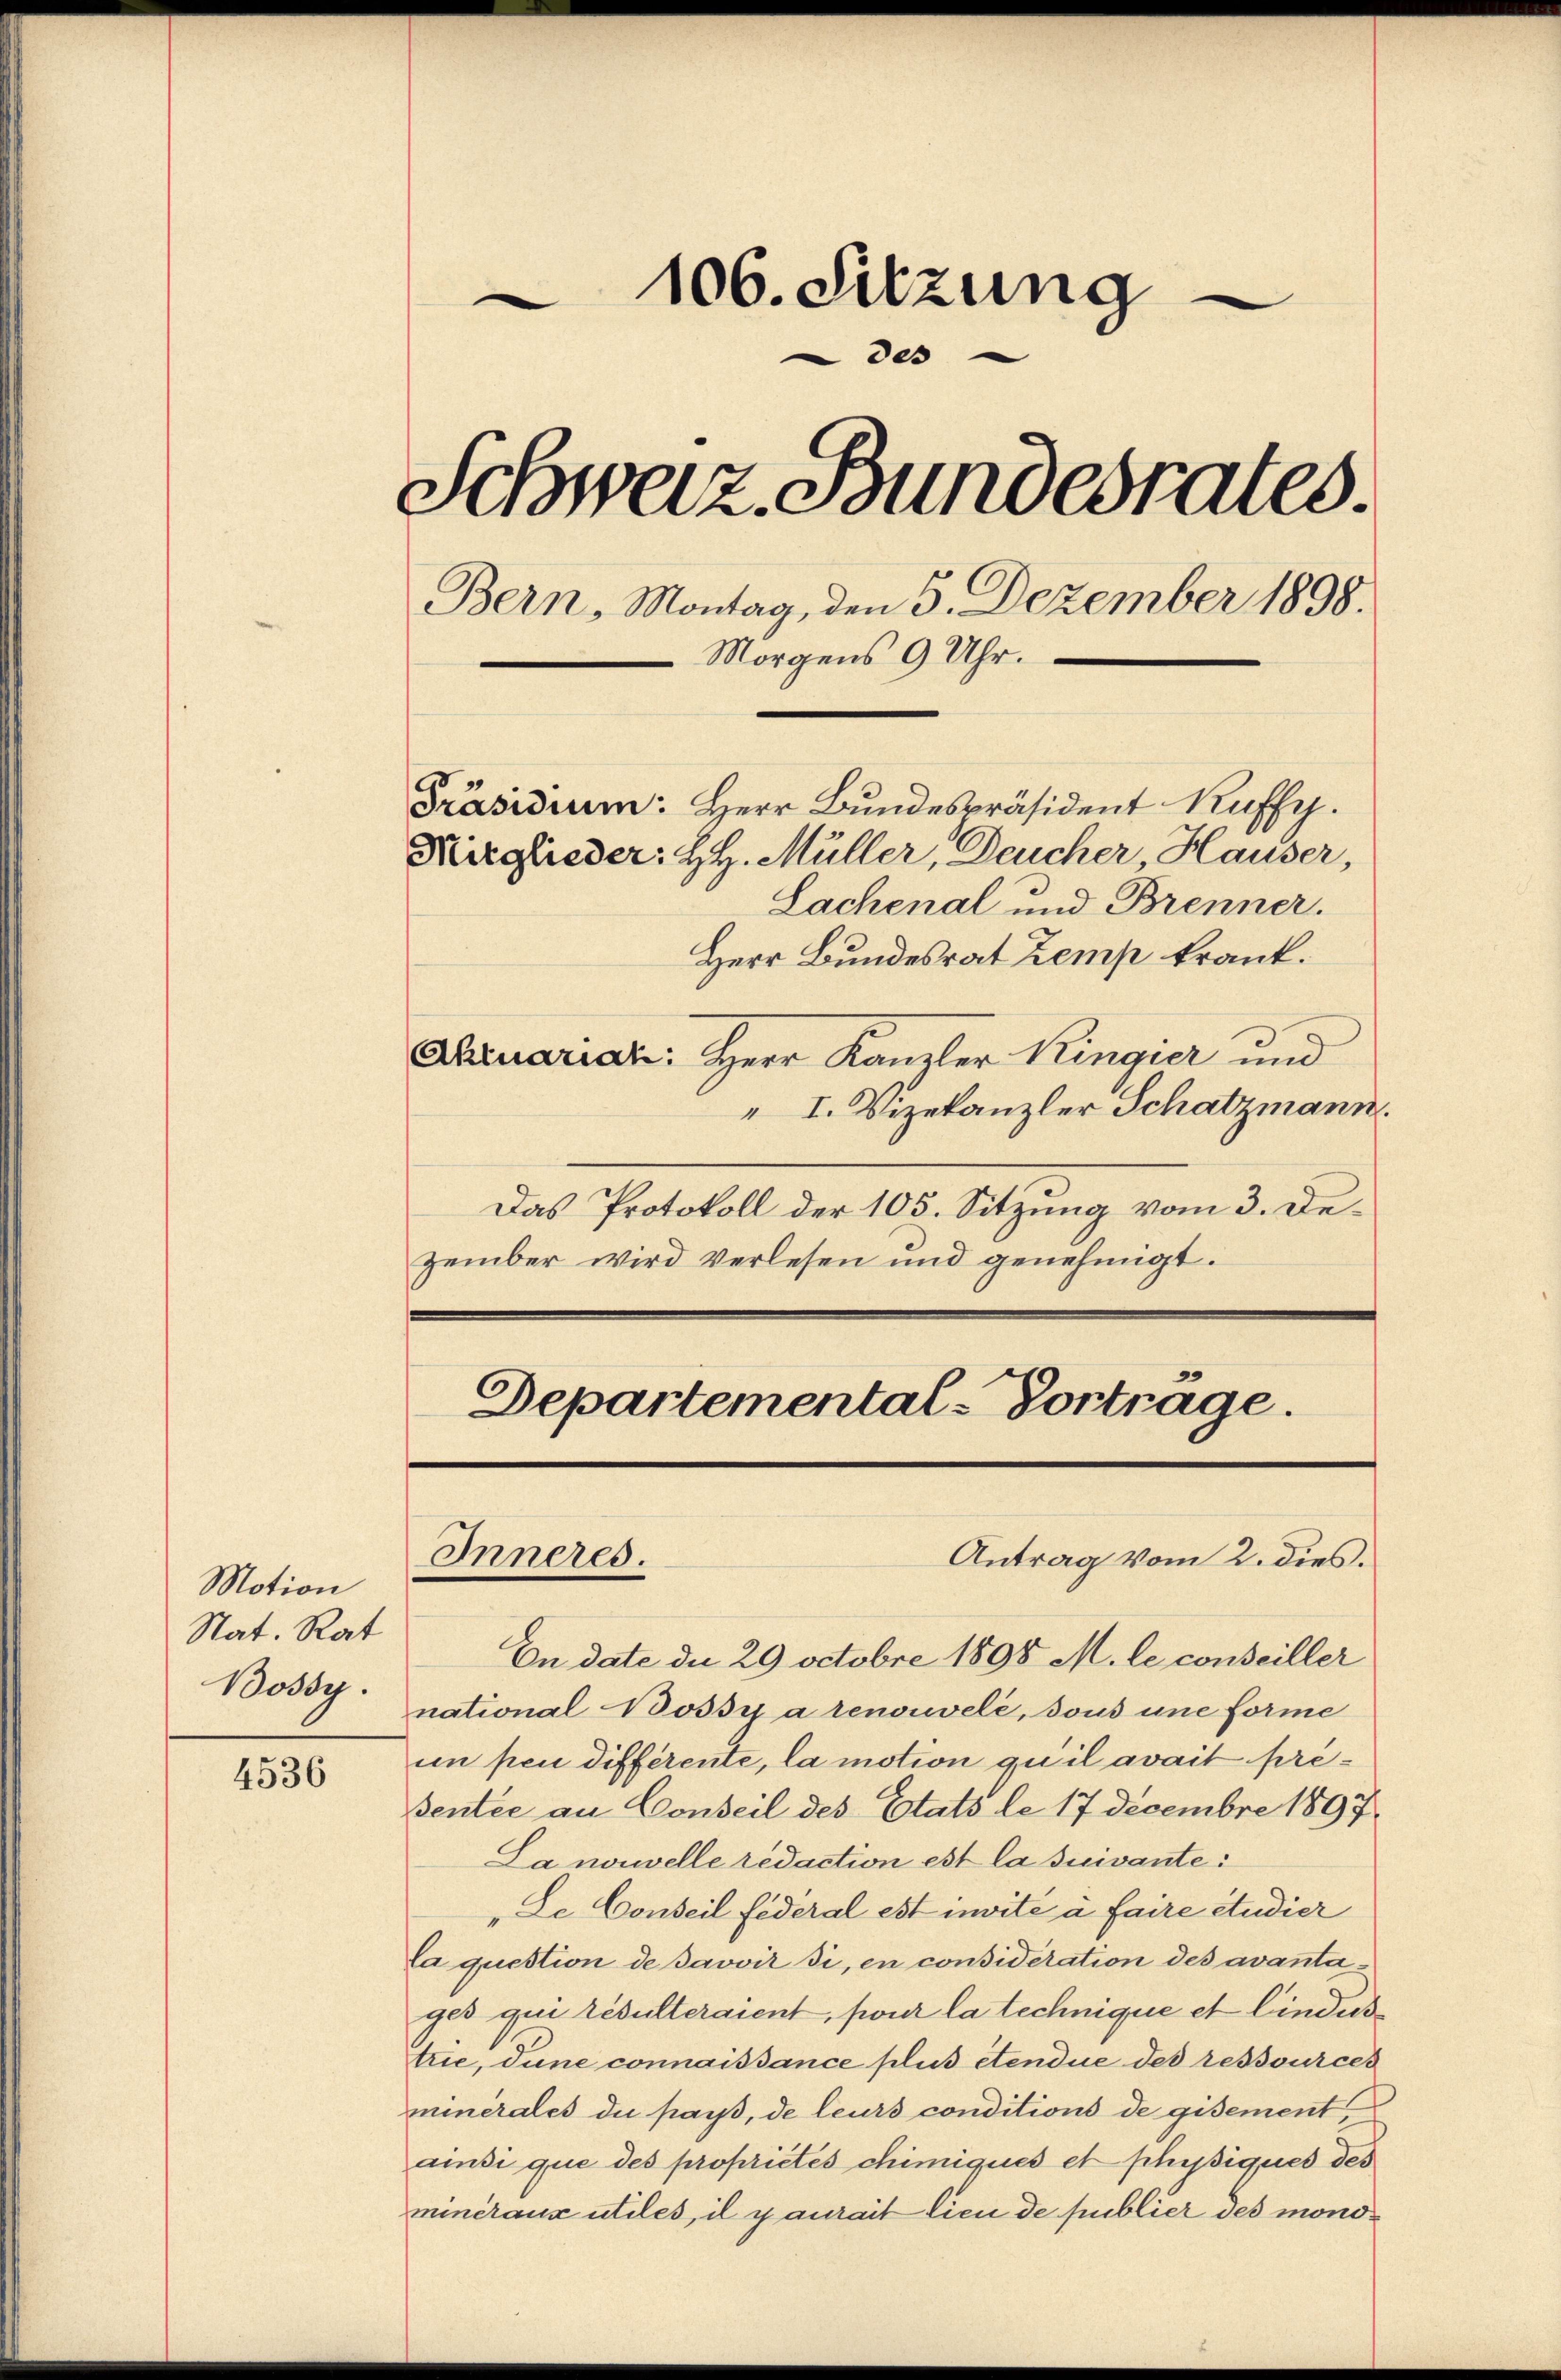
Motion
Nat. Rat
Bossy.

4536

106. Sitzung
e
des
Schweiz. Bundesrates.
Bern, Montag, den 5. Dezember 1898.
Morgens 9 Uhr.
Präsidium: Herr Bundespräsident Kuffy.
Mitglieder: HH. Müller, Deucher, Hauser,
Lachenal und Brenner.

Herr Bundesrat Zemp krank.
Aheuariat: Herr Kanzler Kingier und
" I. Vizekanzler Schatzmann.
Das Protokoll der 105. Sitzung vom 3. Dezember wird verlesen und genehmigt.

Departemental-Vortrage.
Antrag vom 2. dies.
Inneres.

En date du 29 Octobre 1898 M. le conseiller
national Bossi a renouvelé, sous une forme
in pen différente, la motion qu’il avait presentée an Conseil des Etats le 17 Decembre 1897
La nouvelle redaction est la suivante:
Le Conseil federal est invite a faire Studier
Ca question de Javoir di, en consideration des avantages qui résulteraient, pour la technique et lindes
trie, dune connaissance plus etendue des ressources
minerales die pays, de leurs conditions de gisement,
ainsi que des proprietes chimiqués et physiques des
minéraux utiles, il y aurait lieu de publier des mono¬